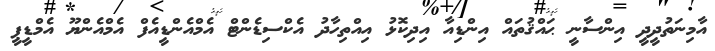
އާމިނަތުދީދީ އިންސާނީ ޙައްޤުތައް އިންޑިއާ އިދިކޮޅު އިއްތިހާދު އެކްސިޑެންޓް އެމްއެންޑީއެފް އެމްއެންޔޫ އެމްޑީޕީ